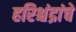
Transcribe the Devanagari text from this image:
हरिश्चंद्रांचे